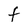
Character: F